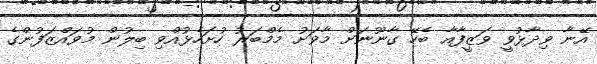
އޭނާ ވިދާޅުވީ ވަޒީފާއާ ބެހޭ ގާނޫނަށް މާވަށު މެމްބަރު ހުށަހެޅުއްވި ބިލުން މުވައްޒަފުންގެ